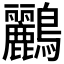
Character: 鸝